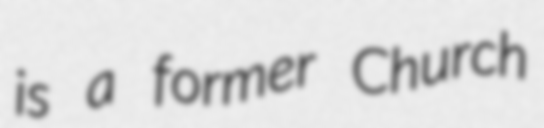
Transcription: is a former Church